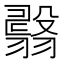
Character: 𦒇